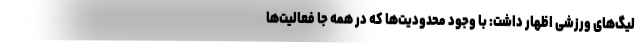
لیگ‌های ورزشی اظهار داشت: با وجود محدودیت‌ها که در همه جا فعالیت‌ها